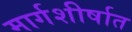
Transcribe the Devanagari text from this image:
मार्गशीर्षात